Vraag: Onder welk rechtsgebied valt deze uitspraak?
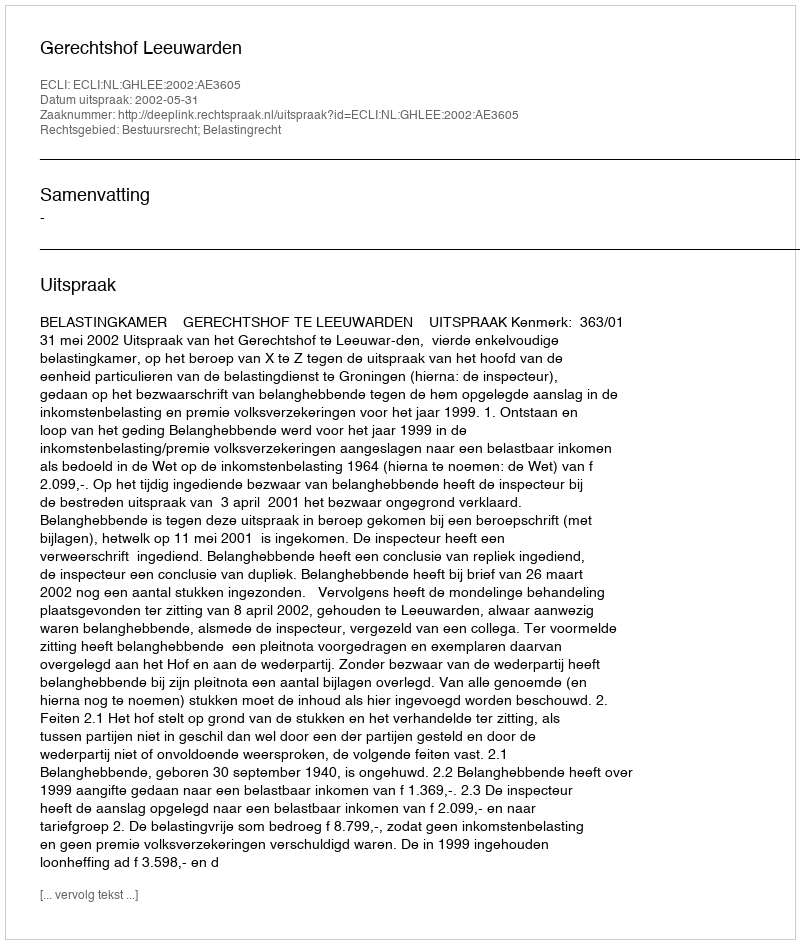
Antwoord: Bestuursrecht; Belastingrecht